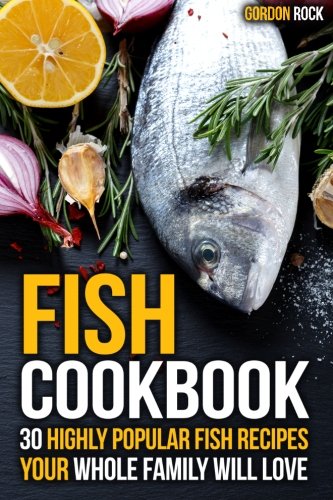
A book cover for Fish Cookbook: 30 Highly Popular Fish Recipes Your Whole Family Will Love; Gordon Rock; Cookbooks, Food & Wine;